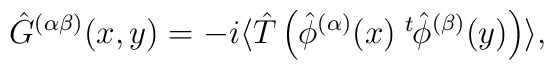
\hat{G}^{(\alpha \beta)} (x, y) = - i \langle \hat{T} \left( \hat{\phi}^{(\alpha)} (x) \; \displaystyle{ \raisebox{0.9ex}{\scriptsize{$t$}}} \mbox{\hspace{-0.1ex}} \hat{\phi}^{(\beta)} (y) \right) \rangle ,